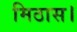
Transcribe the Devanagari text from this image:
मिठास।